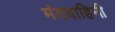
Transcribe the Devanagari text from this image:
मंदवाहिनी